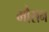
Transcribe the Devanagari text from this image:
मौसन